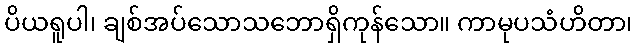
ပိယရူပါ၊ ချစ်အပ်သောသဘောရှိကုန်သော။ ကာမုပသံဟိတာ၊